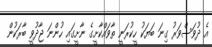
އެ ދުވަސްވަރު ގިނަ ބަޔަކު ހީކުރަނީ ތާވައްކާށީގެ ނާށީގައި ހުންނަ ޖާދުވީ ބާރަކުން